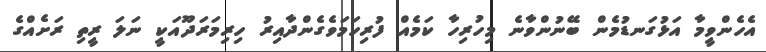
އެހެންވީމާ އަޅުގަނޑުމެން ބޭނުންވާނެ މިހުރިހާ ކަމެއް ފުރިހަމަވެގެންދާއިރު ހިރިމަރަދޫއަކީ ނަލަ ރީތި ރަށެއްގެ